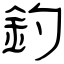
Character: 釣